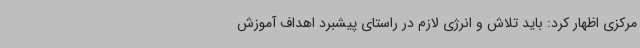
مرکزی اظهار کرد: باید تلاش و انرژی لازم در راستای پیشبرد اهداف آموزش